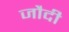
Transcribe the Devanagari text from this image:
जौदी